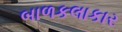
બાળકલાકાર